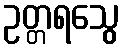
ဥတ္တရသွေ